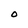
Character: O